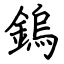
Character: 鎢